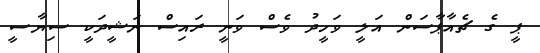
ޕީ ގެ ޗެއާޕާސަން އަލީ ވަހީދު ވެސް ވަނީ ރައިސް ނަޝީދަކީ ސިޔާސީ